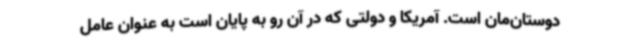
دوستان‌مان است. آمریکا و دولتی که در آن رو به پایان است به عنوان عامل